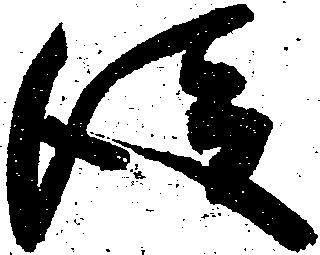
従